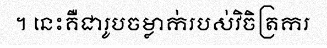
។ នេះគឺជារូបចម្លាក់របស់វិចិត្រករ